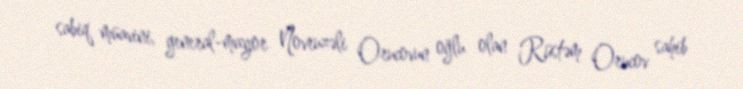
sabiq müavini, general-mayor Novruzəli Orucovun oğlu olan Rüstəm Orucov sahib